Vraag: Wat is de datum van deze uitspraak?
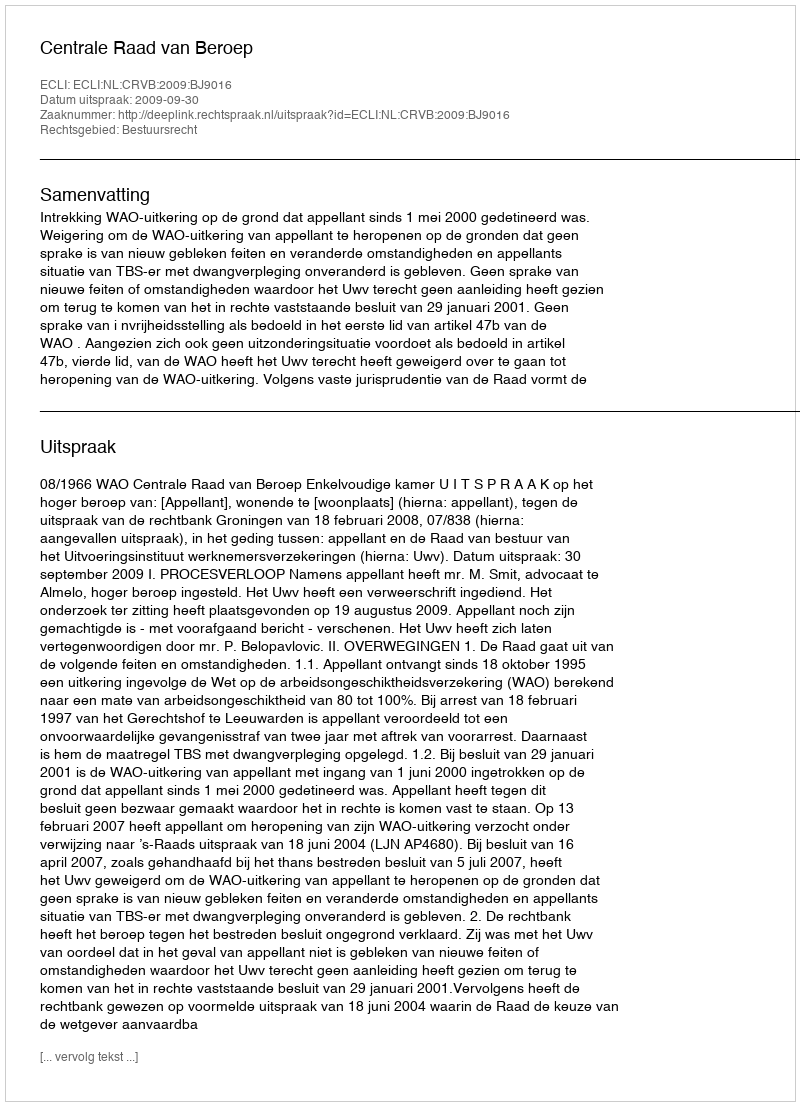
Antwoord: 2009-09-30